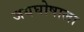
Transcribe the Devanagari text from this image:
जयघोषाला